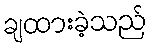
ချထားခဲ့သည်